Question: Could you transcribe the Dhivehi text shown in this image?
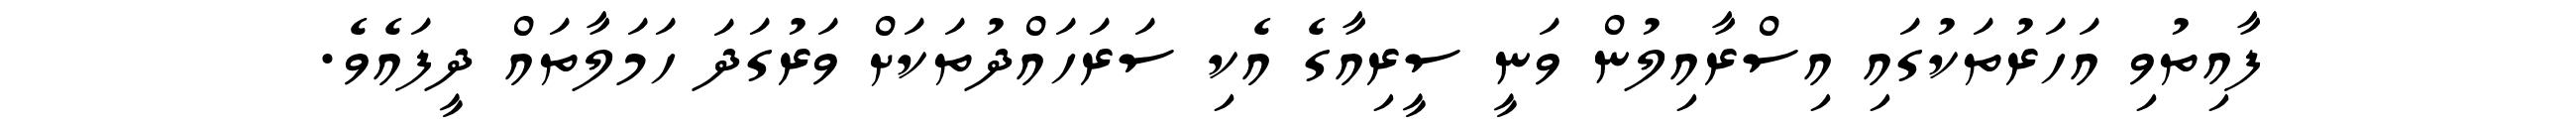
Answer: ފާއިތުވި އަހަރުތަކުގައި އިސްރާއިލުން ވަނީ ސީރިއާގެ އެކި ސަރަހައްދުތަކަށް ވަރުގަދަ ހަމަލާތައް ދީފައެވެ.